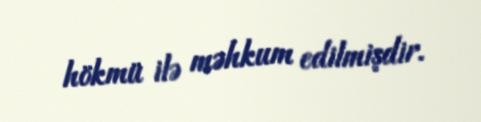
hökmü ilə məhkum edilmişdir.